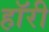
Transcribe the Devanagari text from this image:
हॉरी